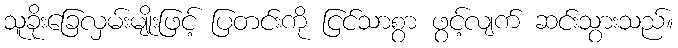
သူခိုးခြေလှမ်းမျိုးဖြင့် ပြတင်းကို ငြင်သာစွာ ဖွင့်လျက် ဆင်းသွားသည်။